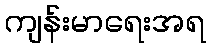
ကျန်းမာရေးအရ